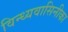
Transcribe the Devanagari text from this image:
विन्ध्यवासिनीका